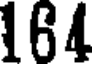
164